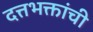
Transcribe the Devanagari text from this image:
दत्तभक्तांची